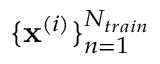
\{ \mathbf { x } ^ { ( i ) } \} _ { n = 1 } ^ { N _ { t r a i n } }